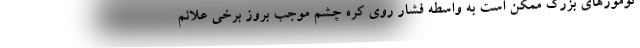
تومورهای بزرگ ممکن است به واسطه فشار روی کره چشم موجب بروز برخی علائم